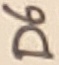
Text: D6